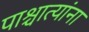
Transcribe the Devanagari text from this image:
पाश्चात्यांना